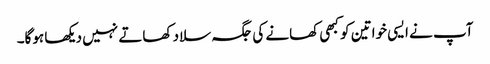
آپ نے ایسی خواتین کو کبھی کھانے کی جگہ سلاد کھاتے نہیں دیکھا ہوگا۔